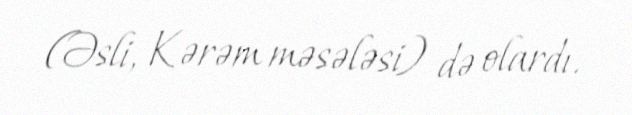
(Əsli, Kərəm məsələsi) də olardı.